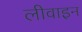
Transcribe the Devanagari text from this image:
लीवाइन